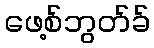
ဖေ့စ်ဘွတ်ခ်